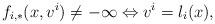
LaTeX: \begin{gather*}f_{i,*}(x,v^i) \neq -\infty \Leftrightarrow v^i = l_i(x),\end{gather*}